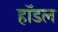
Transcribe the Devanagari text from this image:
हॉडल